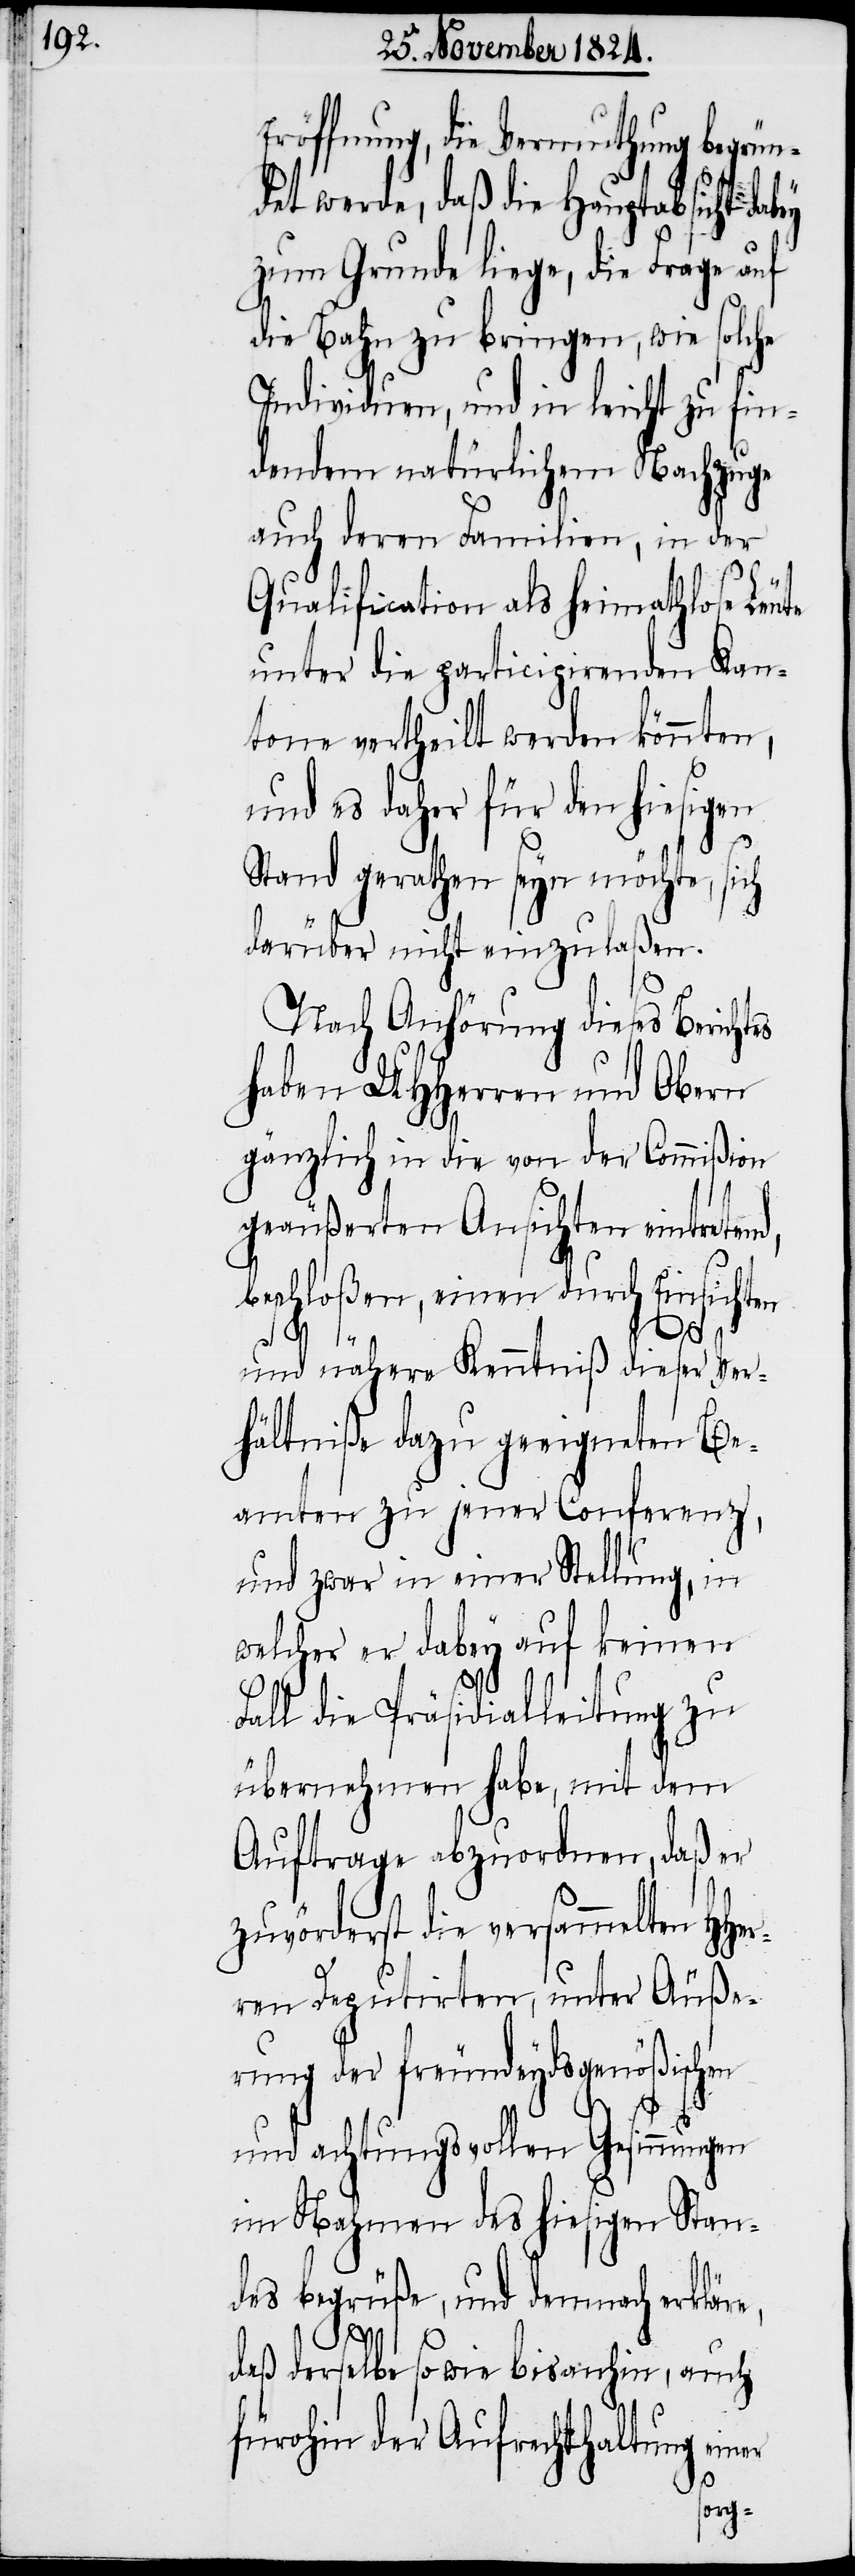
Eröffnung, die Vermuthung begrün¬
det werde, daß die Hauptabsicht dabey
zum Grunde liege, die Frage auf
die Bahn zu bringen, wie solche
Individuen, und in leicht zu fin¬
dendem natürlichen Nachzuge
auch deren Familien, in der
Qualification als heimathlose Leute
unter die participirienden Kan¬
tone vertheilt werden könnten,
und es daher für den hiesigen
Stand gerathen seyn möchte, sich
darüber nicht einzulaßen.
Nach Anhörung dieses Berichts
haben UHHerren und Obern
gänzlich in die von der Commißion
geäußerten Ansichten eintreten¬
beschloßen, einen durch Einsichten
und nähere Kenntniß dieser Ver¬
hältniße dazu geeigneten Be¬
amten zu jener Conferenz,
und zwar in einer Stellung, in
welcher er dabey auf keinen
d,
Fall die Präsidialleitung zu
übernehmen habe, mit dem
Auftrage abzuordnen, daß er
zuvörderst die versammelten HHe¬
rren Deputirten, unter Äuße¬
rung der freundeydsgenößischen
e,
und achtungsvollen Gesinnungen
im Nahmen des hiesigen Stan¬
des begrüße, und demnach erklär¬
daß derselbe so wie bis anhin, auch
fürohin der Aufrechthaltung einer